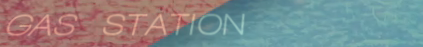
GAS STATION